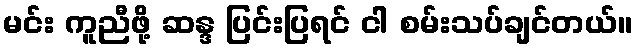
မင်း ကူညီဖို့ ဆန္ဒ ပြင်းပြရင် ငါ စမ်းသပ်ချင်တယ်။